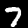
Digit: 7